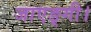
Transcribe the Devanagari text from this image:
जाएङ्गी।